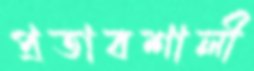
প্রতাবশালী